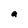
Character: a